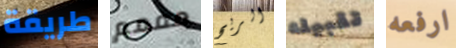
طريقة مممم الريح تقبيله ارفعه